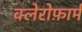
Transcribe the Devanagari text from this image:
क्लेरोफ़ार्म